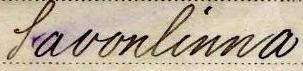
Savonlinna